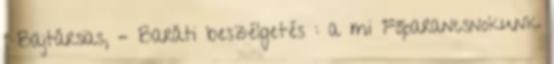
: Bajtársias, – Baráti beszélgetés : a mi Főparancsnokunk